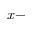
x -